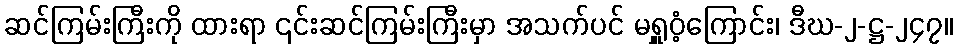
ဆင်ကြမ်းကြီးကို ထားရာ ၎င်းဆင်ကြမ်းကြီးမှာ အသက်ပင် မရှူဝံ့ကြောင်း၊ ဒီဃ-၂-ဋ္ဌ-၂၄၇။